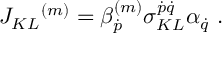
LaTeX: J _ { K L } { } ^ { ( m ) } = \beta _ { \dot { p } } ^ { ( m ) } \sigma _ { K L } ^ { \dot { p } \dot { q } } \alpha _ { \dot { q } } \ .